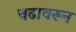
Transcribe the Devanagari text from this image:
चढावरून